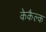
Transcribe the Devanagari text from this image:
केकैल्क